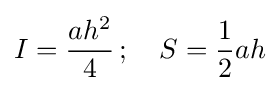
I={\frac {ah^{2}}{4}}\,;\quad S={\frac {1}{2}}ah